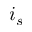
i _ { s }